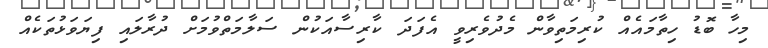
މިހާ ބޮޑު ހިތާމައެއް ކުރިމަތިވާން މެދުވެރިވީ އެފަދަ ކާރިސާއަކުން ސަލާމަތްވުމަށް ދުރާލައި ފިޔަވަޅުތަކެއް